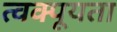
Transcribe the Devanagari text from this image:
त्वक्पूयता